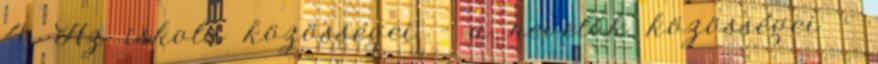
4. Az iskola közösségei - a nevelők közösségei -